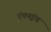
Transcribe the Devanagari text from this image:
इंचनइंच